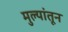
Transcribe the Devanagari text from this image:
मुल्यांतून